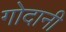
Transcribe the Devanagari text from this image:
गोदानी